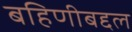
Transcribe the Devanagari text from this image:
बहिणीबद्दल